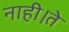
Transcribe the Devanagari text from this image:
नाही।ते